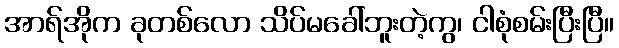
အာရ်အိုက ခုတစ်လော သိပ်မခေါ်ဘူးတဲ့ကွ၊ ငါစုံစမ်းပြီးပြီ။